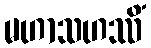
မဟာသဟဿိံ